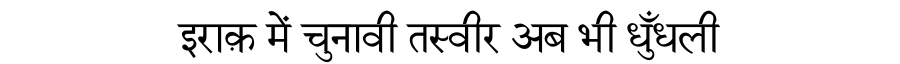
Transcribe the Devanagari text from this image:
इराक़ में चुनावी तस्वीर अब भी धुँधली